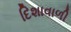
દિશાવાળી